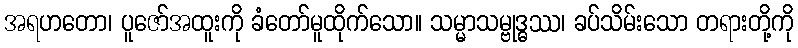
အရဟတော၊ ပူဇော်အထူးကို ခံတော်မူထိုက်သော။ သမ္မာသမ္ဗုဒ္ဓဿ၊ ခပ်သိမ်းသော တရားတို့ကို